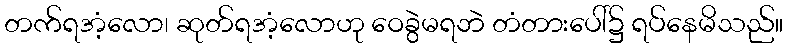
တက်ရအံ့လော၊ ဆုတ်ရအံ့လောဟု ဝေခွဲမရဘဲ တံတားပေါ်၌ ရပ်နေမိသည်။